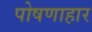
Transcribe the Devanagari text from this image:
पोषणाहार